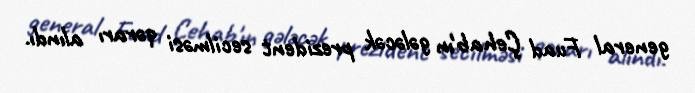
general Fuad Çehab'ın gələcək prezident secilməsi qərarı alındı.